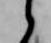
候